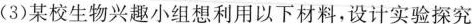
(3)某校生物兴趣小组想利用以下材料，设计实验探究